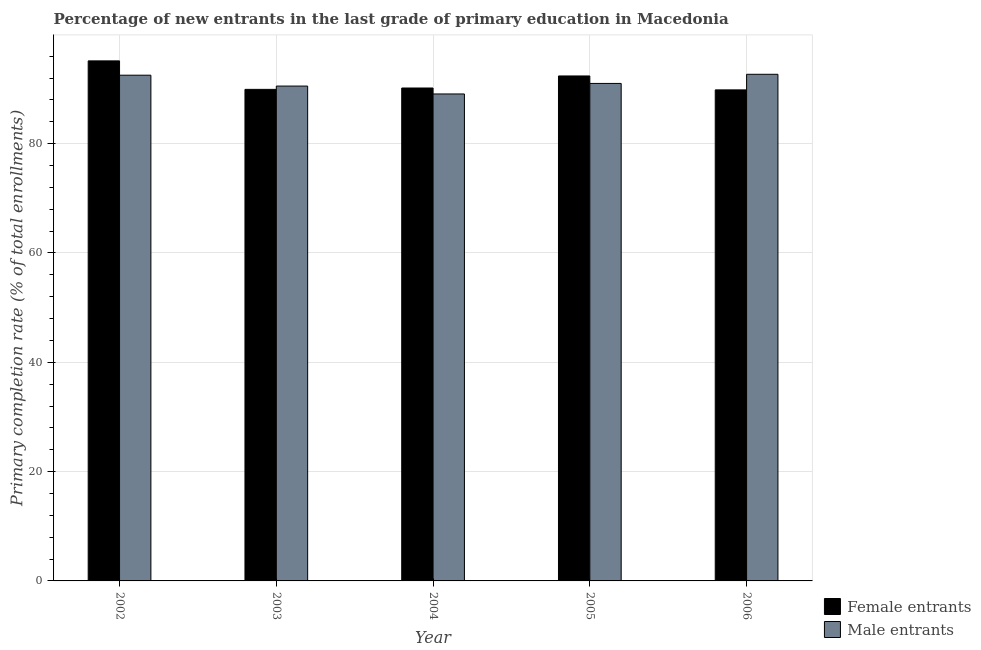
| Year | Female entrants | Male entrants |
 | --- | --- | --- |
 | 2002 | 95.1 | 92.5 |
 | 2003 | 89.9 | 90.5 |
 | 2004 | 90.2 | 89.1 |
 | 2005 | 92.4 | 91 |
 | 2006 | 89.8 | 92.7 |